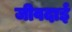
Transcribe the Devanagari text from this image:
जीवदाई